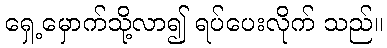
ရှေ့မှောက်သို့လာ၍ ရပ်ပေးလိုက် သည်။